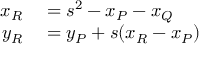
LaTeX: \begin{array} { r l } { x _ { R } } & { { } = s ^ { 2 } - x _ { P } - x _ { Q } } \\ { y _ { R } } & { { } = y _ { P } + s ( x _ { R } - x _ { P } ) } \end{array}